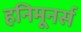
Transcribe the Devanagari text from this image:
हनिमूनर्स